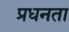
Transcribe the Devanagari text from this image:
प्रधनता